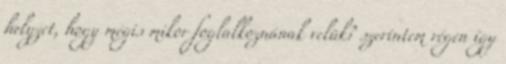
helyzet, hogy mégis mikor foglalkoznának velük? szerintem régen így